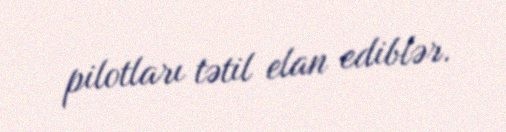
pilotları tətil elan ediblər.